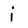
Character: j